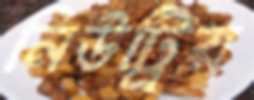
নিউট্রিয়